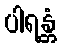
ပါရန္တံ